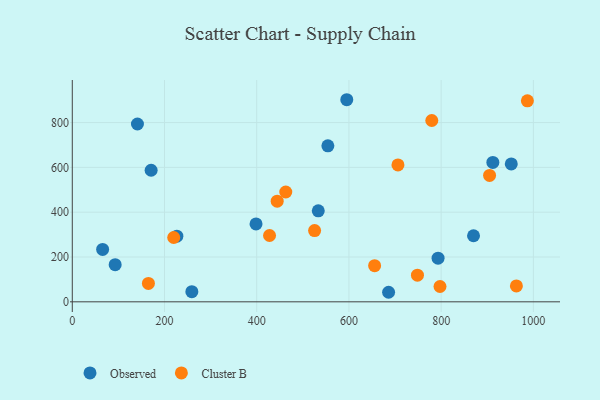
{"axis": {"x": "Investment", "y": "Demand"}, "legend": ["Cluster B", "Observed"], "data": [{"x": "93.0", "y": 165.6, "type": "Observed"}, {"x": "686.0", "y": 42.6, "type": "Observed"}, {"x": "398.5", "y": 347.8, "type": "Observed"}, {"x": "226.8", "y": 293.0, "type": "Observed"}, {"x": "595.3", "y": 901.9, "type": "Observed"}, {"x": "533.5", "y": 405.9, "type": "Observed"}, {"x": "141.3", "y": 793.5, "type": "Observed"}, {"x": "259.3", "y": 45.1, "type": "Observed"}, {"x": "952.1", "y": 615.4, "type": "Observed"}, {"x": "65.8", "y": 233.9, "type": "Observed"}, {"x": "912.1", "y": 622.1, "type": "Observed"}, {"x": "171.0", "y": 587.1, "type": "Observed"}, {"x": "793.3", "y": 194.8, "type": "Observed"}, {"x": "554.3", "y": 696.2, "type": "Observed"}, {"x": "870.2", "y": 294.9, "type": "Observed"}, {"x": "797.5", "y": 68.4, "type": "Cluster B"}, {"x": "905.0", "y": 564.2, "type": "Cluster B"}, {"x": "963.2", "y": 70.9, "type": "Cluster B"}, {"x": "706.3", "y": 610.8, "type": "Cluster B"}, {"x": "444.4", "y": 449.3, "type": "Cluster B"}, {"x": "220.0", "y": 287.1, "type": "Cluster B"}, {"x": "748.6", "y": 118.9, "type": "Cluster B"}, {"x": "655.7", "y": 161.2, "type": "Cluster B"}, {"x": "463.0", "y": 490.1, "type": "Cluster B"}, {"x": "165.1", "y": 82.3, "type": "Cluster B"}, {"x": "779.7", "y": 809.1, "type": "Cluster B"}, {"x": "427.8", "y": 295.9, "type": "Cluster B"}, {"x": "525.5", "y": 317.8, "type": "Cluster B"}, {"x": "987.0", "y": 897.1, "type": "Cluster B"}]}